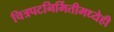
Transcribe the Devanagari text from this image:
चित्रपटनिर्मितीमध्येही